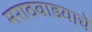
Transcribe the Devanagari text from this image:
मराठवाडयाचे